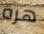
هرة